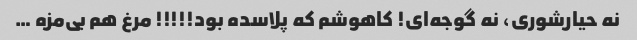
نه حیارشوری، نه گوجه‌ای! کاهوشم که پلاسده بود!!!!! مرغ هم بی‌مزه …